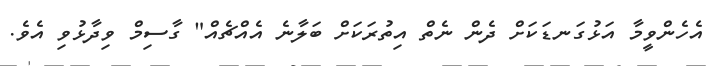
އެހެންވީމާ އަޅުގަނޑަކަށް ދެން ނެތް އިތުރަކަށް ބަލާނެ އެއްޗެއް" ގާސިމް ވިދާޅުވި އެވެ.